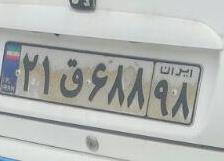
۲۱ق۶۸۸۹۸